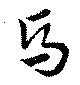
馬